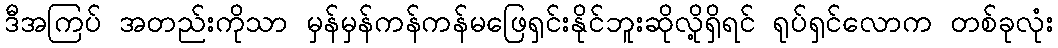
ဒီအကြပ် အတည်းကိုသာ မှန်မှန်ကန်ကန်မဖြေရှင်းနိုင်ဘူးဆိုလို့ရှိရင် ရုပ်ရှင်လောက တစ်ခုလုံး